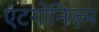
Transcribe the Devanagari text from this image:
एंटगोनिज़्म